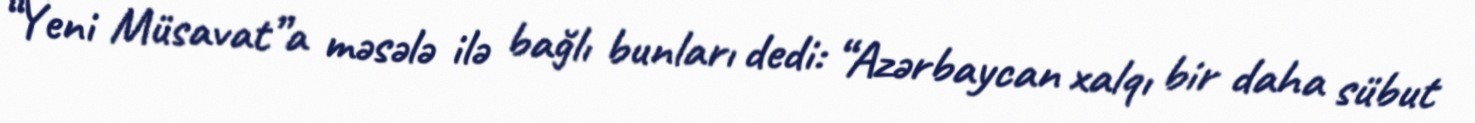
“Yeni Müsavat”a məsələ ilə bağlı bunları dedi: “Azərbaycan xalqı bir daha sübut